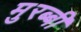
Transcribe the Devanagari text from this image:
मुरब्बी